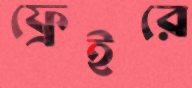
ফ্রেইরে